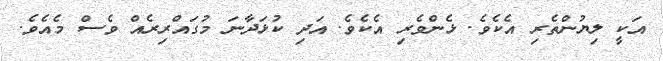
އަކީ ލިޔުންތެރި އެކެވެ. ޅެންވެރި އެކެވެ. އަދި ކުޅަދާނަ މުގައްރިރެއް ވެސް މެއެވެ.